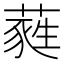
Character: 蕤